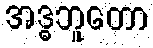
အဒ္ဓဘူတော